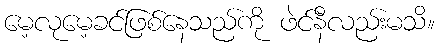
မေ့လုမေ့ခင်ဖြစ်နေသည်ကို ဖဲင်နီလည်းမသိ။